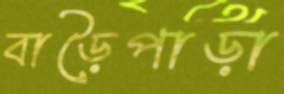
বাড়ৈপাড়া